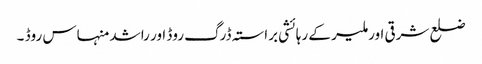
ضلع شرقی اور ملیر کے رہائشی براستہ ڈرگ روڈ اور راشد منہاس روڈ ۔